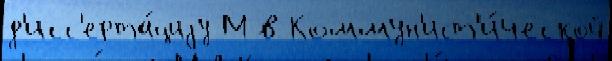
д'исс'ерта́циjу М в Коммун'ист'и́ческой